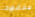
مفقود